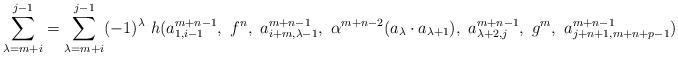
LaTeX: \begin{align*} \sum_{\lambda = m+i}^{j-1} = \sum_{\lambda = m+i}^{j-1} (-1)^\lambda~ h (a^{m+n-1}_{1, i-1}, ~f^n,~ a^{m+n-1}_{i+m, \lambda -1},~ \alpha^{m+n-2} (a_\lambda \cdot a_{\lambda +1}),~ a^{m+n-1}_{\lambda +2, j},~ g^m,~ a^{m+n-1}_{j+n+1, m+n+p-1})\end{align*}